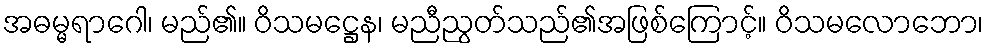
အဓမ္မရာဂေါ၊ မည်၏။ ဝိသမဋ္ဌေန၊ မညီညွတ်သည်၏အဖြစ်ကြောင့်။ ဝိသမလောဘော၊